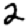
Digit: 2